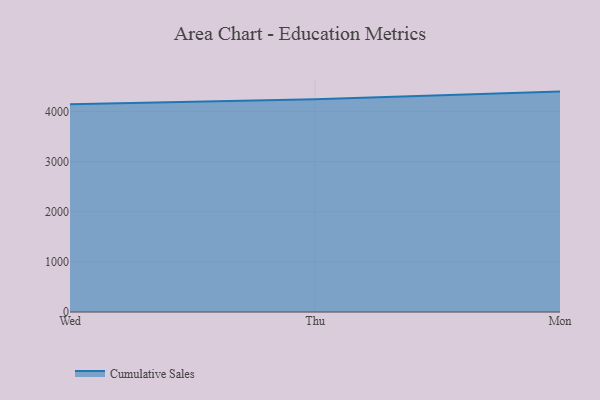
{"axis": {"x": "Day", "y": "LTV (USD)"}, "legend": ["Cumulative Sales"], "data": [{"x": "Wed", "y": 4143.1, "type": "Cumulative Sales"}, {"x": "Thu", "y": 4241.3, "type": "Cumulative Sales"}, {"x": "Mon", "y": 4395.9, "type": "Cumulative Sales"}]}